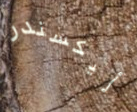
أليكسندر